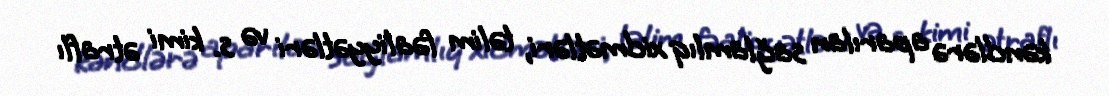
kəndlərə aparılan sağlamlıq xidmətləri, təlim fəaliyyətləri və s. kimi ətraflı